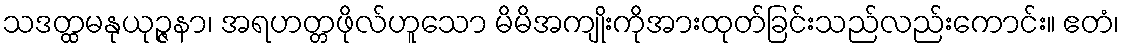
သဒတ္ထမနုယုဉ္ဇနာ၊ အရဟတ္တဖိုလ်ဟူသော မိမိအကျိုးကိုအားထုတ်ခြင်းသည်လည်းကောင်း။ ဧတံ၊